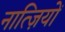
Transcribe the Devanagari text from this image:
नात्ज़ियों